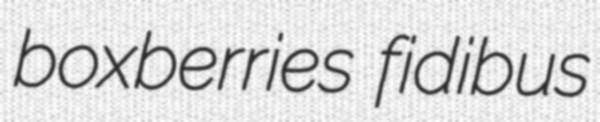
boxberries fidibus